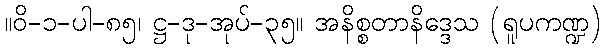
။ဝိ-၁-ပါ-၈၅၊ ဋ္ဌ-ဒု-အုပ်-၃၅။ အနိစ္စတာနိဒ္ဒေသ (ရူပကဏ္ဍ)